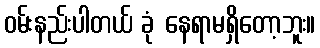
ဝမ်းနည်းပါတယ် ခုံ နေရာမရှိတော့ဘူး။